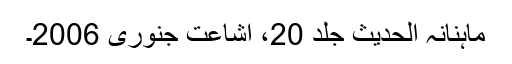
ماہنانہ الحدیث جلد 20، اشاعت جنوری 2006۔